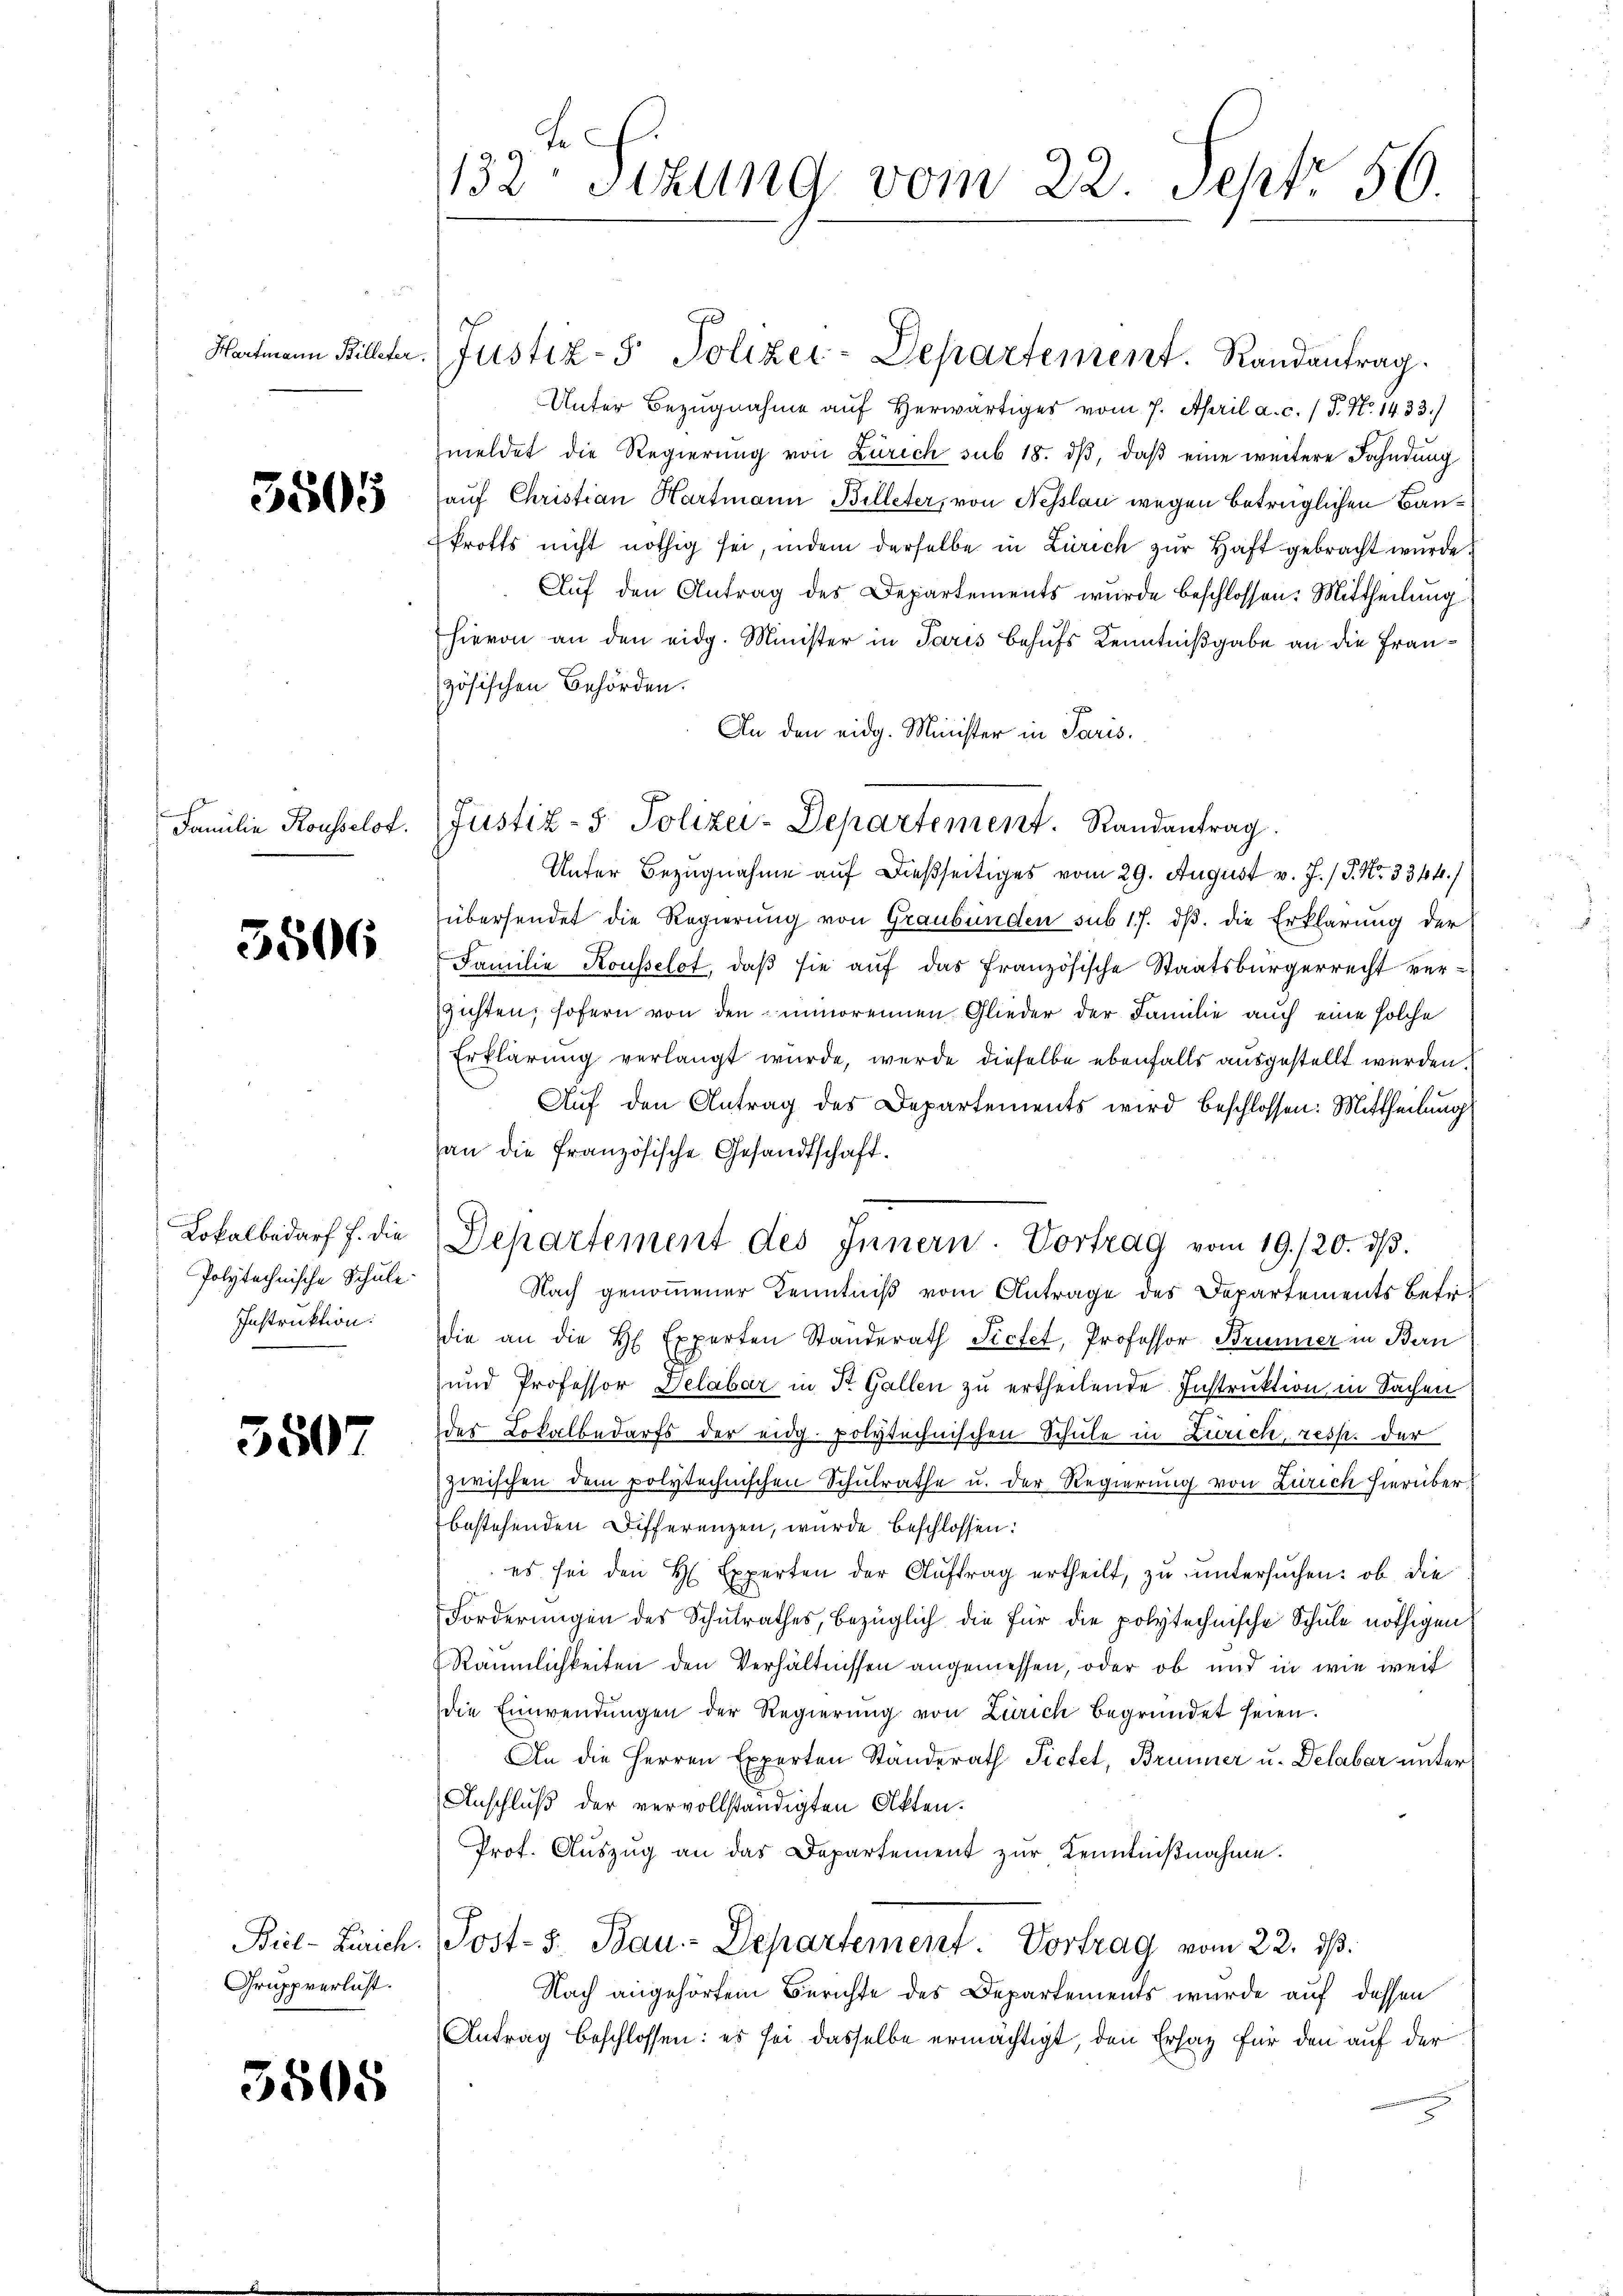
Hartmann Billeter.

3805

Familie Rousselst

5506

Lokalbedarf f. die
Polytechnische Schule.
Instruktion:

3507

Biel-Zürich.
Grupperlicht.

5505

d

F
132 Stzung vom 22. Sept. 56

Justiz- & Polizei-Departement. Randantrag.
Unter Bezugnahme auf Herwärtiges vom 7. April a. c. / P. Nr. 1433./
meldet die Regierung von Zürich sub 18. dβ, daß eine weitere Fahndung
auf Christian Hartmann Billeter, von Fesslau wegen betrüglichen Baukrotts nicht nöthig sei, indem derselbe in Zürich zur Haft gebracht wurde
Auf den Antrag des Departements wurde beschlossen: Mittheilung
hievon an den eidg. Minister in Paris behufs Kenntnißgabe an die Französischen Behörden.
An den eidg. Minister in Paris.
Unter Bezugnahme auf dießseitiges vom 29. August v. J. / P. Nr. 3344.)
übersendet die Regierung von Graubünden sub 17. dß. die Erklärung der
Familie Kousselot, daß sie auf das französische Staatsbürgerrecht verzichten, sofern von den unmorennen Glieder der Familie auch eine solche
Erklärung verlangt wurde, werde dieselbe ebenfalls ausgestellt werden.
Auf den Antrag des Departements wird beschlossen: Mittheilung
an die französische Gesandtschaft.
Departement des Innern. Vortrag vom 19./20. dβ.
Nach genommener Kenntniß vom Antrage des Departements betr.
die an die H. Experten Standerath Fictet, Professor Brunner in Bern
und Professor Delabar in St. Gallen zu ertheilende Instruktion in Sachen
der Lokalbedarfs der eidg. polytechnischen Schule in Zürich, resp. der
zwischen dem polytechnischen Schulrathe u. der Regierung von Zürich hierüber
bestehenden Differenzen, wurde beschlossen:
es sei den H. Experten der Aŭftrag ertheilt, zu untersŭchen: ob die
Forderungen des Schulrathes, bezüglich die für die polytechnische Schule nöthigen
Räumlichkeiten den Verhältnissen angemessen, oder ob und in wie weit
die Einwendungen der Regierung von Zürich begründet seien.
An die Herren Experten Standerath Pictet, Brunner u. Delabar unter
Anschluß der vervollständigten Akten.
Prot. Aŭszŭg an das Departement zŭr Kenntniβnahme.
Post- 5. Bau-Departement. Vortrag vom 22. ds.
Nach angehörtem Berichte des Departements wurde auf dessen
Antrag beschlossen: es sei dasselbe ermächtigt den Ersatz für den auf der

Justiz- & Polizei-Departement. Randantrag